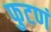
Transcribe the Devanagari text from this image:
फुटणं